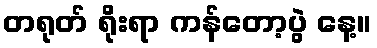
တရုတ် ရိုးရာ ကန်တော့ပွဲ နေ့။